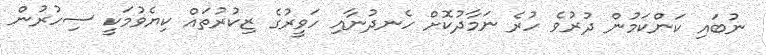
ނުބައި ކަންކަމުން ދުރުވެ ހުރެ ނަމާދުކޮށް ހެނދުނާއި ހަވީރުގެ ޒިކުރުތައް ކިޔެވުމަކީ ސިހުރުން